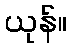
ယုန်။